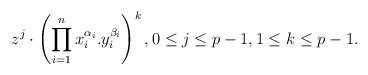
LaTeX: \begin{align*} z^j\cdot \left(\prod_{i=1}^n x_i^{\alpha_i}.y_i^{\beta_i}\right)^k, 0\le j\le p-1, 1\le k \le p-1.\end{align*}